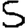
Digit: 5